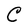
Character: C